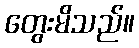
တွေးမိသည်။